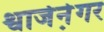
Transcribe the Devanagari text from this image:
श्वार्जने़गर